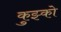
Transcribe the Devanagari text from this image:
कुझ्को